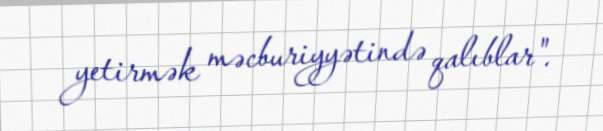
yetirmək məcburiyyətində qalıblar".